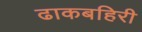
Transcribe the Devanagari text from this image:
ढाकबहिरी